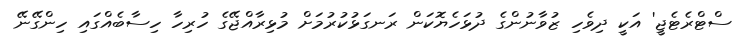
ސްޓްރެޓެޖީ' އަކީ ދިވެހި ޒުވާނުންގެ ދުޅަހެޔޮކަން ރަނގަޅުކުރުމަށް މުޅިރާއްޖޭގެ ހުރިހާ ހިސާބެއްގައި ހިންގޭނޭ